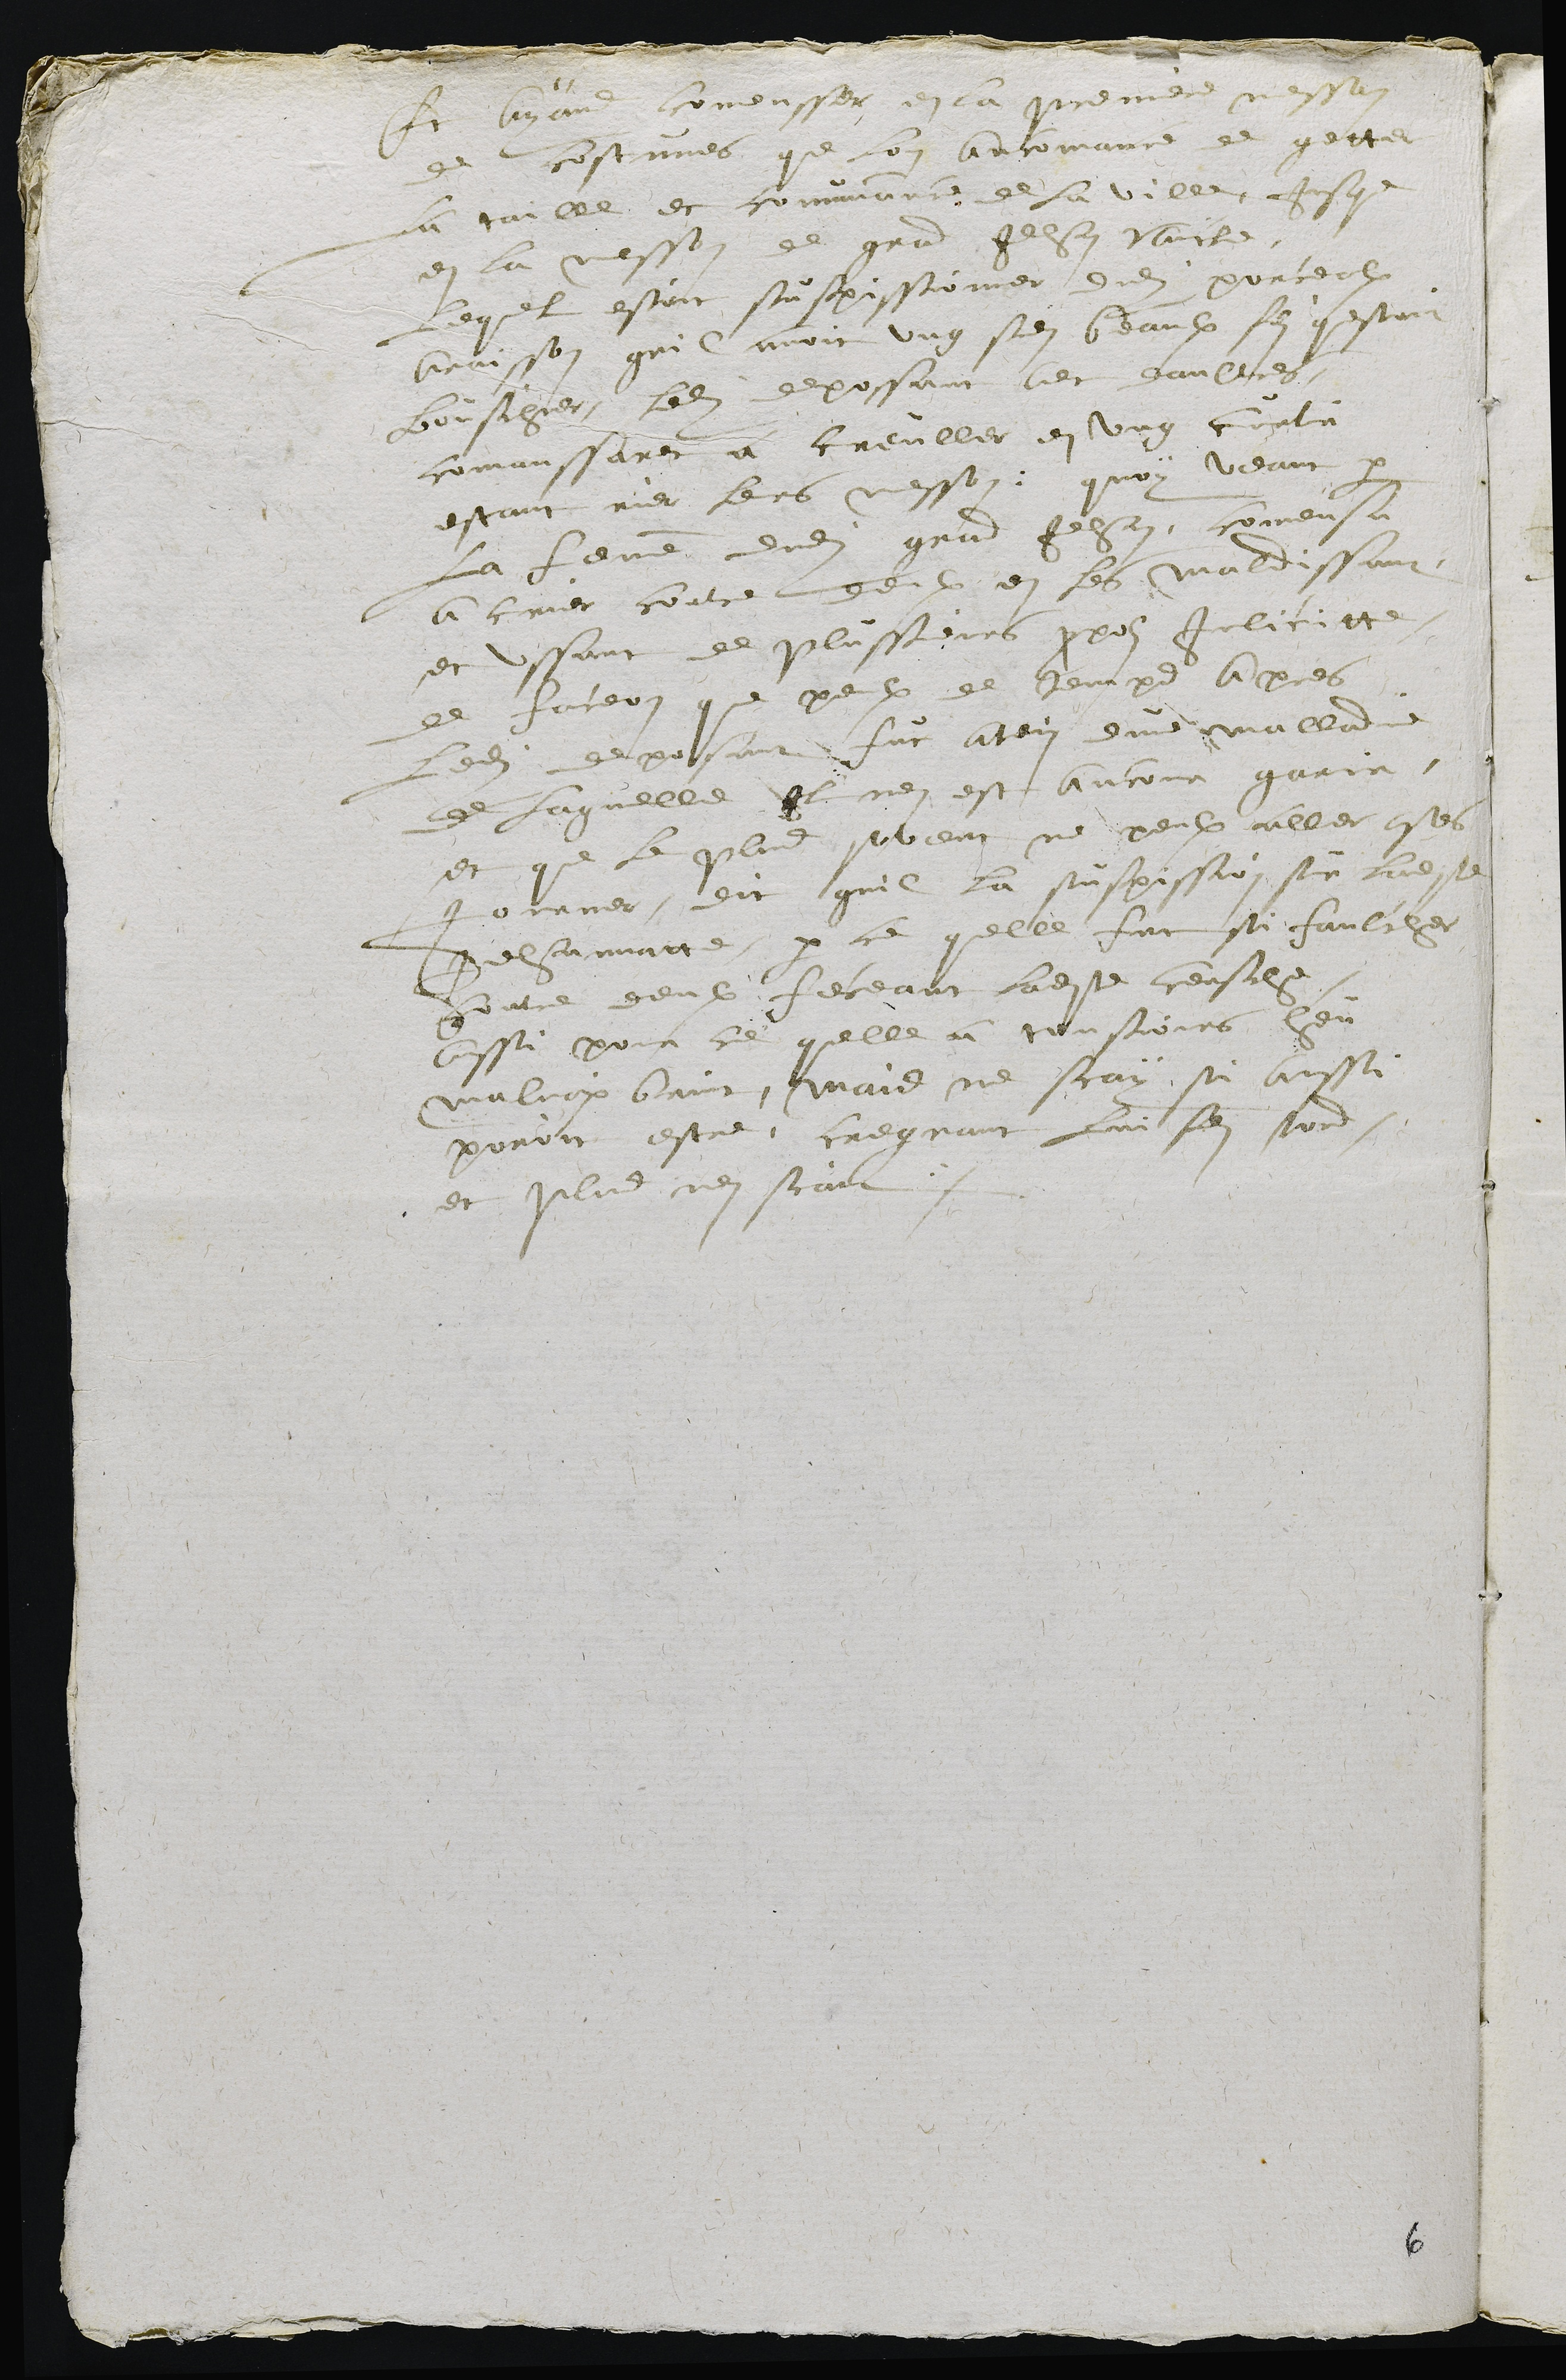
Et ayant comensser en la premiere messon
de costumes que lon ancomance de getter
la taille et comunance de la ville, jusque
en la messon de grand Jehan Vaicle,
lequel estoit suspissionner dudit porcealx,
a raisson quil avoit ung sien beaulx filz questoit
bouschier, ledit depossant avec daultres,
commanssarent a creuller en ung curti
estant rier lers messon. quoy veant par
la femme dudit grand Jehan comensa
a crier contre deulx en les maldissant,
et ussant de plussieurs propos irlicitte,
de faceon que peulx de temps apres
ledit deposant fut atein dune malladie
de laquelle il nen est ancour garir,
et que le plus savent ne peulx aller ?les
jornner. dit quil a suspission sur ladite
Jehannatte, parce quelle fut si faulcher
contre deulx feceant ladite cersche
aussi pour ce quelle a tousiours heu
malvoix bruit, mais ne scay si ainssi
poroit estre, cregnant lui fer tord.
et plus nen scait.